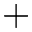
+